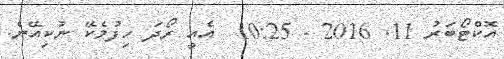
އޮކްޓޯބަރު 11